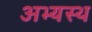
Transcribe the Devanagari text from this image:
अभ्यस्थ